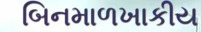
બિનમાળખાકીય